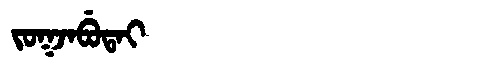
Manchu: ᠵᠣᡴᠵᠠᠪᡠᡨᠠᡳ
Romanization: JOKJABUTAI